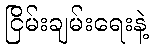
ငြိမ်းချမ်းရေးနဲ့